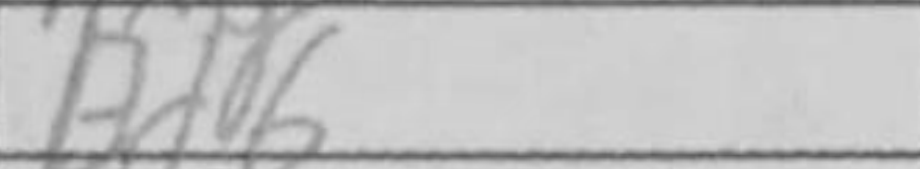
Transcription: Bd6